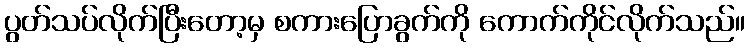
ပွတ်သပ်လိုက်ပြီးတော့မှ စကားပြောခွက်ကို ကောက်ကိုင်လိုက်သည်။